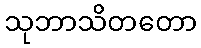
သုဘာသိတတော